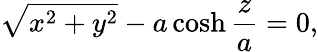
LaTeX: \sqrt{x^{2}+y^{2}}-a\cosh\frac{z}{a}=0,